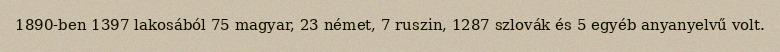
1890-ben 1397 lakosából 75 magyar, 23 német, 7 ruszin, 1287 szlovák és 5 egyéb anyanyelvű volt.